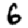
Digit: 6